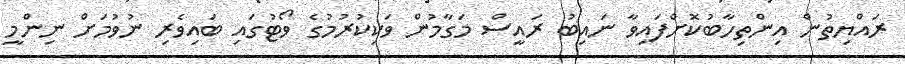
ރައްޔިތުން އިންތިހާބުކޮށްފައިވާ ނައިބު ރައީސް މަގާމުން ވަކިކުރުމުގެ ވޯޓުގައި ބައިވެރި ނުވުމަށް ނިންމީ